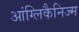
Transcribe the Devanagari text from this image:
आंग्लिकैनिज्म